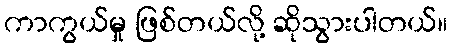
ကာကွယ်မှု ဖြစ်တယ်လို့ ဆိုသွားပါတယ်။